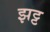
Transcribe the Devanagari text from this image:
झट्ट